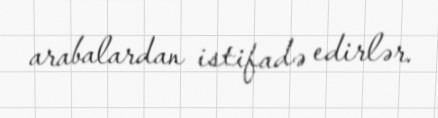
arabalardan istifadə edirlər.